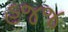
હજજ